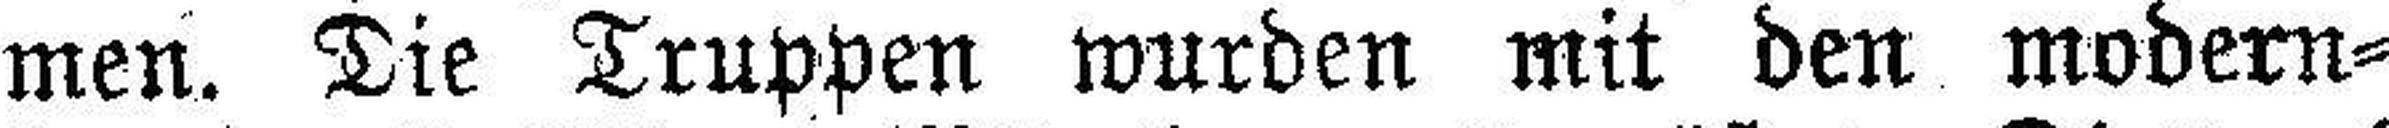
men. Die Truppen wurden mit den modern¬